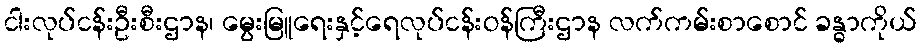
ငါးလုပ်ငန်းဦးစီးဌာန၊ မွေးမြူရေးနှင့်ရေလုပ်ငန်းဝန်ကြီးဌာန လက်ကမ်းစာစောင် ခန္ဓာကိုယ်